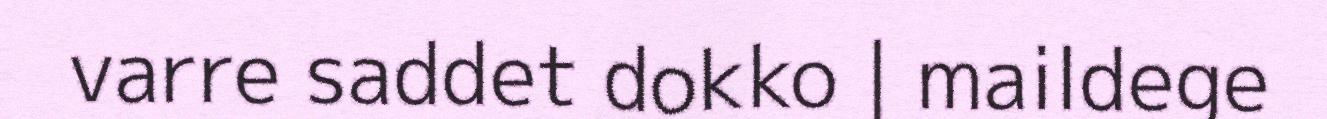
varre saddet dokko | maildege